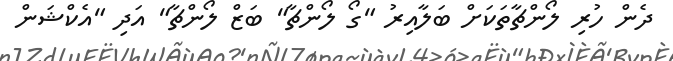
ދެން ހުރި ލޯންޗާތަކަށް ބަލާއިރު "ގޯ ލޯންޗާ" ބަޒް ލޯންޗާ" އަދި "އެކްޝަން